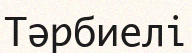
Тәрбиелі